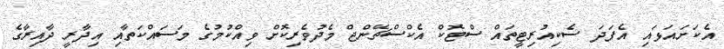
އެކަށައަޅައި އެފަދަ ސެކިއުރިޓީތައް ސްޓޮކް އެކްސްޗޭންޖް މެދުވެރިކޮށް ވިއްކުމުގެ މަސައްކަތާއި އިދާރީ ދާއިރާގެ